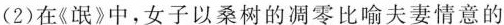
(2)在《氓》中，女子以桑树的凋零比喻夫妻情意的